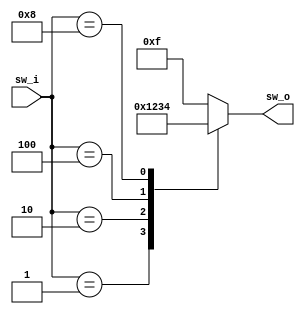
//
// created by siman 2024/3/12
module sw(
    input [3:0] sw_i,
    output reg [3:0] sw_o
);

    always @(*) begin
        case (sw_i)
            4'b0001: sw_o = 4'b0001; 
            4'b0010: sw_o = 4'b0010; 
            4'b0100: sw_o = 4'b0011; 
            4'b1000: sw_o = 4'b0100; 
            default: sw_o = 4'b1111; // if input is invalid, display F
        endcase
    end

endmodule